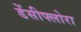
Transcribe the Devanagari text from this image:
डेंसीफ्लोरा